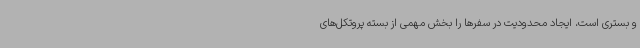
و بستری است، ایجاد محدودیت در سفرها را بخش مهمی از بسته پروتکل‌های